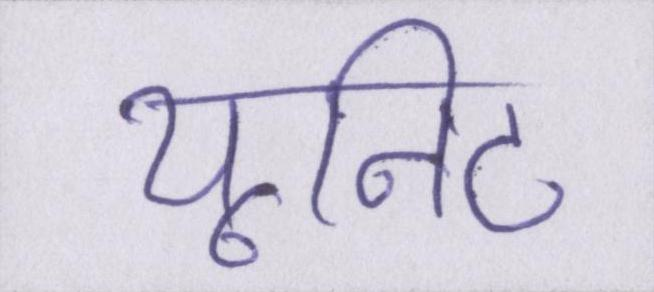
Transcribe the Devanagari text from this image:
यूनिट